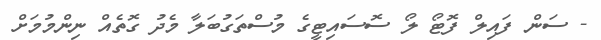
- ސަން ފައިލް ފޮޓޯ ލޯ ސޮސައިޓީގެ މުސްތަގުބަލާ މެދު ގޮތެއް ނިންމުމަށް